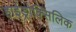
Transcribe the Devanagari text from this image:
हाईड्रोक्सिलिक